Tezpur Lunatic Asylum reports 1895-1904 - 1895-1904
Year: 1895
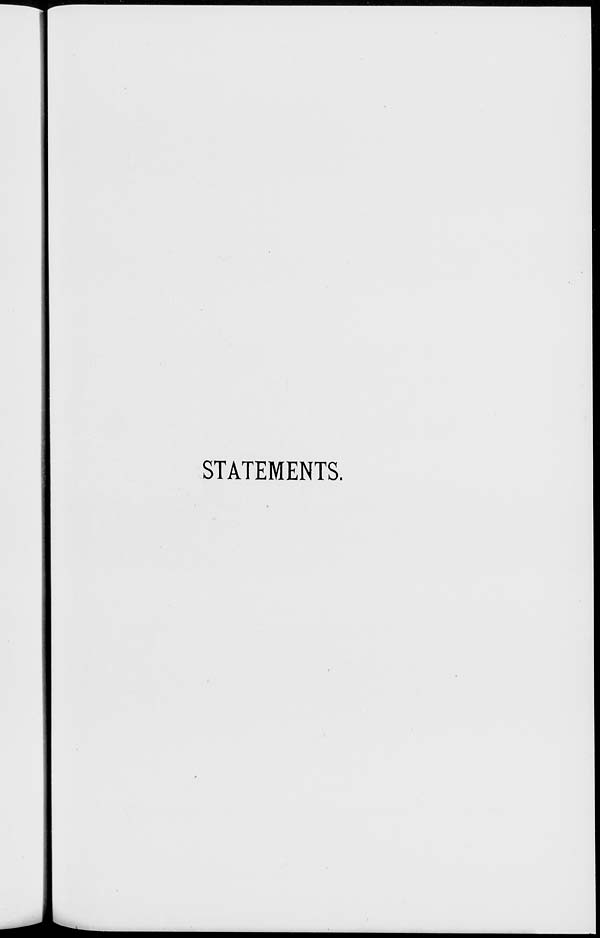
STATEMENTS.